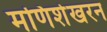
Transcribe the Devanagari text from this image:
मणिशेखरन